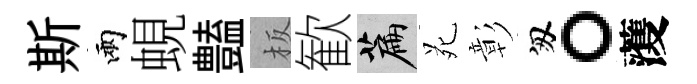
斯兩蜆𧰟板歓篇苑彰匆。𮑮